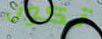
تكون